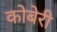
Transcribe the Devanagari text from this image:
कोबेरी